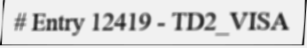
# Entry 12419 - TD2_VISA